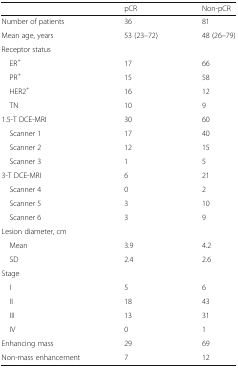
|  | pCR | Non-pCR |
 | --- | --- | --- |
 | Number of patients | 36 | 81 |
 | Mean age, years | 53 (23–72) | 48 (26–79) |
 | <COLSPAN=3> Receptor status |
 | ER+ | 17 | 66 |
 | PR+ | 15 | 58 |
 | HER2+ | 16 | 12 |
 | TN | 10 | 9 |
 | 1.5-T DCE-MRI | 30 | 60 |
 | Scanner 1 | 17 | 40 |
 | Scanner 2 | 12 | 15 |
 | Scanner 3 | 1 | 5 |
 | 3-T DCE-MRI | 6 | 21 |
 | Scanner 4 | 0 | 2 |
 | Scanner 5 | 3 | 10 |
 | Scanner 6 | 3 | 9 |
 | <COLSPAN=3> Lesion diameter, cm |
 | Mean | 3.9 | 4.2 |
 | SD | 2.4 | 2.6 |
 | <COLSPAN=3> Stage |
 | I | 5 | 6 |
 | II | 18 | 43 |
 | III | 13 | 31 |
 | IV | 0 | 1 |
 | Enhancing mass | 29 | 69 |
 | Non-mass enhancement | 7 | 12 |